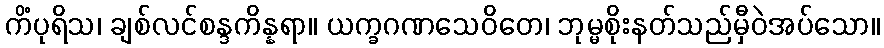
ကိံပုရိသ၊ ချစ်လင်စန္ဒကိန္နရာ။ ယက္ခဂဏသေဝိတေ၊ ဘုမ္မစိုးနတ်သည်မှီဝဲအပ်သော။